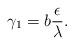
LaTeX: \begin{align*}\gamma_1=b\frac{\epsilon}{\lambda}.\end{align*}